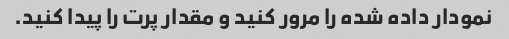
نمودار داده شده را مرور کنید و مقدار پرت را پیدا کنید.